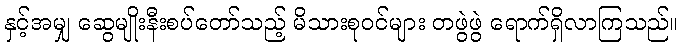
နှင့်အမျှ ဆွေမျိုးနီးစပ်တော်သည့် မိသားစုဝင်များ တဖွဲဖွဲ ရောက်ရှိလာကြသည်။